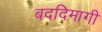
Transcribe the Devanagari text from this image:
बददिमागी